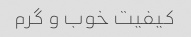
کیفیت خوب و گرم